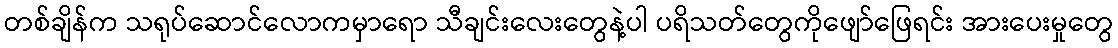
တစ်ချိန်က သရုပ်ဆောင်လောကမှာရော သီချင်းလေးတွေနဲ့ပါ ပရိသတ်တွေကိုဖျော်ဖြေရင်း အားပေးမှုတွေ